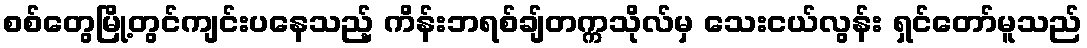
စစ်တွေမြို့တွင်ကျင်းပနေသည့် ကိန်းဘရစ်ချ်တက္ကသိုလ်မှ သေးငယ်လွန်း ရှင်တော်မူသည်